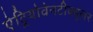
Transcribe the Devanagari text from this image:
ऐट्रियोवेनटीक्यूलर